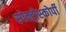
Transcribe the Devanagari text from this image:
स्‍पेक्‍ट्रोस्‍कोर्पी